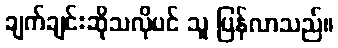
ချက်ချင်းဆိုသလိုပင် သူ ပြန်လာသည်။